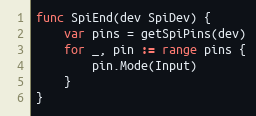
Language: Go
func SpiEnd(dev SpiDev) {
	var pins = getSpiPins(dev)
	for _, pin := range pins {
		pin.Mode(Input)
	}
}